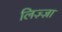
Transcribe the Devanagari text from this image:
लिज़्ज़ा